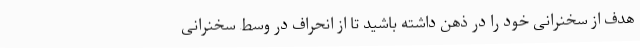
هدف از سخنرانی خود را در ذهن داشته باشید تا از انحراف در وسط سخنرانی